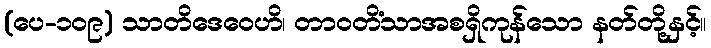
(ပေ-၁၀၉) သာတိဒေဝေဟိ၊ တာဝတိံသာအစရှိကုန်သော နတ်တို့နှင့်။